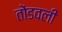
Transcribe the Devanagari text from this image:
तोंडवली